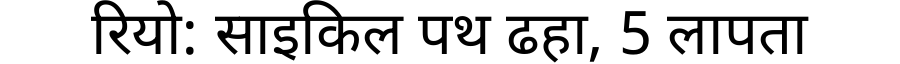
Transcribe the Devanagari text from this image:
रियो: साइकिल पथ ढहा, 5 लापता